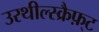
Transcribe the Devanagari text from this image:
उरथील्स्क्रैफ़्ट